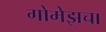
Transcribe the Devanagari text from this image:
गोमेझचा